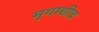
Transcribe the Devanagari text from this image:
मृगाशीच